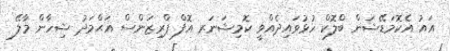
އައު އެކޮމަޑޭޝަން ބްލޮކް ހުޅުވައިދެއްވީ ކޮމިޝަނަރ އޮފް ޕްރިޒަންސް އަޙްމަދު ޝިހާން މާލޭ